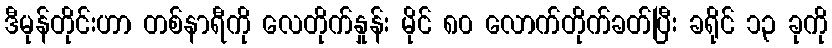
ဒီမုန်တိုင်းဟာ တစ်နာရီကို လေတိုက်နှုန်း မိုင် ၈၀ လောက်တိုက်ခတ်ပြီး ခရိုင် ၁၃ ခုကို